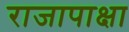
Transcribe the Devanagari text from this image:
राजापाक्षा